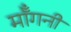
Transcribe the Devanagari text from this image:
मॉँगनी